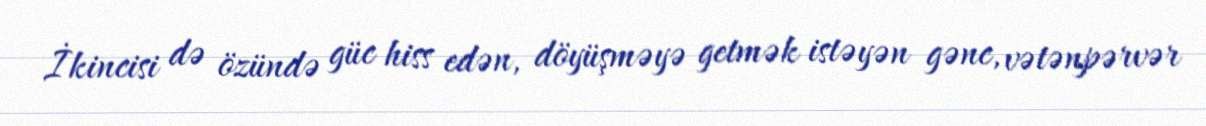
İkincisi də özündə güc hiss edən, döyüşməyə getmək istəyən gənc, vətənpərvər